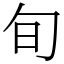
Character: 旬